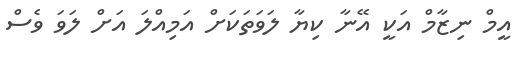
އީމް ނިޒާމް އަކީ އޭނާ ކިޔާ ލަވަތަކަށް އަމިއްލަ އަށް ލަވަ ވެސް